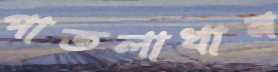
পাতলাখান